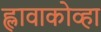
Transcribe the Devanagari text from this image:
ह्लावाकोव्हा